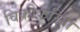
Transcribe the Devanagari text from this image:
विक्रीकरितां